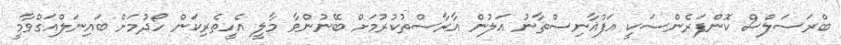
ބްރަސަލްސް ކޮންފަރެންސަކީ އަފްޣާނިސްތާނު އަލުން އާރާސްތުކުރުމަށް ބޭނުންވާ މާލީ އެހީތެރިކަން ހޯދުމަށް ބައިނަލްއަގްވާމީ